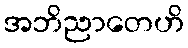
အဘိညာတေဟိ